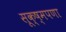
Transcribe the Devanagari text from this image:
सूक्ष्मपणा